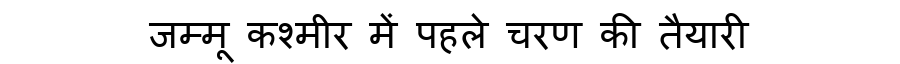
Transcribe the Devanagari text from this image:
जम्मू कश्मीर में पहले चरण की तैयारी